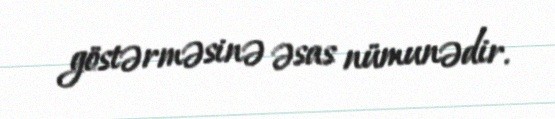
göstərməsinə əsas nümunədir.